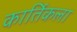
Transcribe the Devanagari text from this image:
कार्तिकला